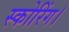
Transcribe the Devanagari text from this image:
स्कोरिंग।